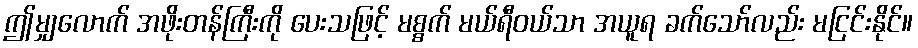
ဤမျှလောက် အဖိုးတန်ကြီးကို ပေးသဖြင့် မစ္စက် မယ်ရီဝယ်သာ အယူရ ခက်သော်လည်း မငြင်းနိုင်။